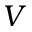
V